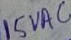
Text: 15VAC